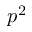
p ^ { 2 }